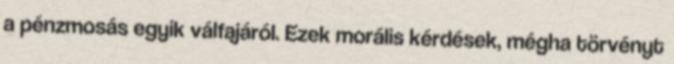
a pénzmosás egyik válfajáról. Ezek morális kérdések, mégha törvényt